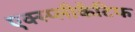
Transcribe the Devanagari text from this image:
एक्स्प्लीकैटिफ